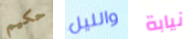
حكيم والليل نيابة